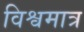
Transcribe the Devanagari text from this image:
विश्वमात्र